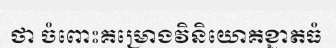
ថា ចំពោះគម្រោងវិនិយោគខ្នាតធំ